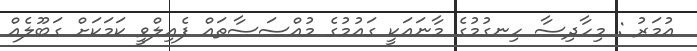
އުމަރު : މިހާދިސާ ހިނގުމުގެ މާނައަކީ ގައުމުގެ މުއްސަސާތައް ފެއިލްވީ ކަމަކަށް ގަބޫލެއް